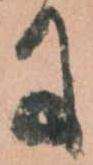
に